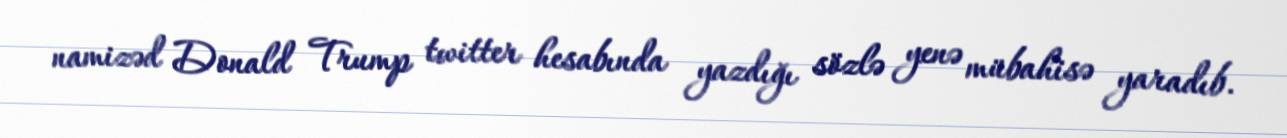
namizəd Donald Trump twitter hesabında yazdığı sözlə yenə mübahisə yaradıb.